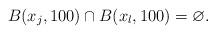
LaTeX: \begin{align*} B(x_j, 100) \cap B(x_l, 100 ) = \varnothing.\end{align*}